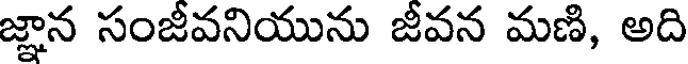
జ్ఞాన సంజీవనియును జీవన మణి, అది